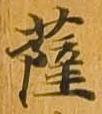
薩